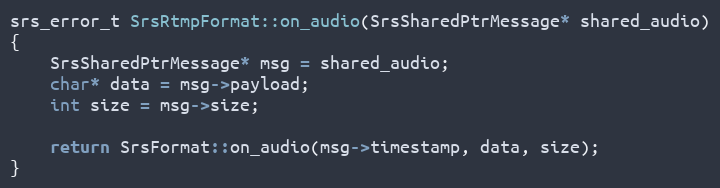
Language: C++
srs_error_t SrsRtmpFormat::on_audio(SrsSharedPtrMessage* shared_audio)
{
    SrsSharedPtrMessage* msg = shared_audio;
    char* data = msg->payload;
    int size = msg->size;

    return SrsFormat::on_audio(msg->timestamp, data, size);
}